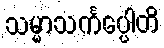
သမ္မာသင်္ကပ္ပေါတိ